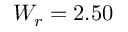
W _ { r } = 2 . 5 0